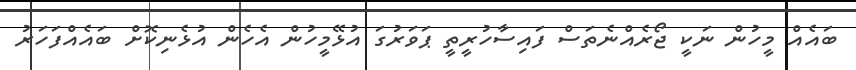
ބައެއް މީހުން ނަކީ ޖޯރެއްނެތަސް ފައިސާހުރީތީ ޕަވަރުގަ އުޅޭމީހުން އެހެން އުޅެނިކޮށް ބައެއްފަހަރު